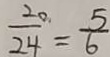
\frac { 2 0 } { 2 4 } = \frac { 5 } { 6 }